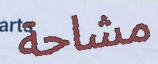
مشاحة